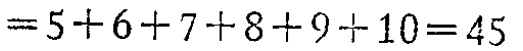
$=5 + 6 + 7 + 8 + 9 + 10 = 45$